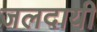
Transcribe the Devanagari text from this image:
जलदायी